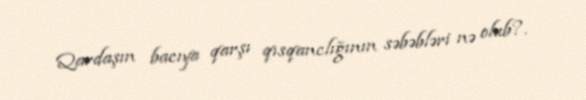
Qardaşın bacıya qarşı qısqanclığının səbəbləri nə olub?.